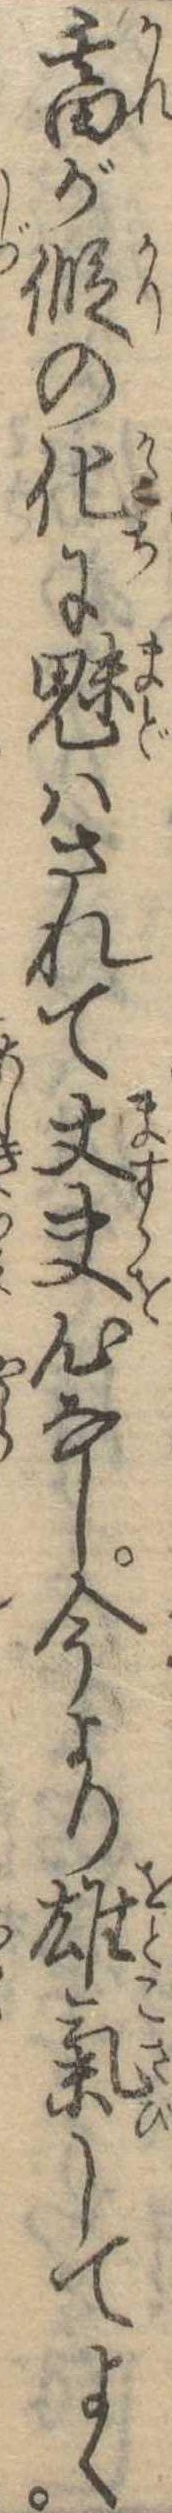
畜が仮の化に魅はされて丈夫心なし今より雄気してよく